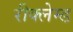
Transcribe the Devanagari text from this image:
रीक्लेम्ड